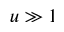
u \gg 1